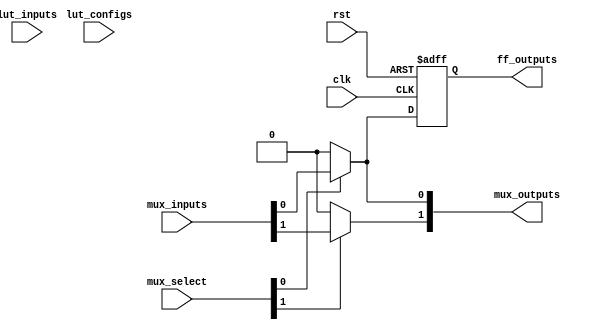
module CLB #(
    parameter NUM_LUTS = 2,         // Number of LUTs
    parameter LUT_SIZE = 4,         // Size of each LUT (2^N inputs)
    parameter NUM_FF = 1,           // Number of Flip-Flops
    parameter NUM_MUX = 2           // Number of MUXes
)(
    input wire [NUM_LUTS*LUT_SIZE-1:0] lut_inputs, // Inputs to the LUTs
    input wire [NUM_LUTS-1:0] lut_configs,         // LUT configurations (truth table)
    input wire [NUM_MUX-1:0] mux_select,            // MUX select signals
    input wire [NUM_LUTS-1:0] mux_inputs,           // MUX inputs from LUTs
    input wire clk,                                 // Clock for Flip-Flops
    input wire rst,                                 // Reset
    output wire [NUM_MUX-1:0] mux_outputs,         // MUX outputs
    output reg [NUM_FF-1:0] ff_outputs              // FF outputs
);

// Look-Up Tables (LUTs)
genvar i;
generate
    for (i = 0; i < NUM_LUTS; i = i + 1) begin : lut_block
        wire [LUT_SIZE-1:0] lut_input = lut_inputs[i*LUT_SIZE +: LUT_SIZE];
        wire lut_output = lut_configs[i] ? 1'b1 : 1'b0; // Simple pass for demonstration

        // Example of LUT based on the configuration input
        assign lut_output = lut_input[LUT_SIZE-1] ? lut_configs[i] : 1'b0;
    end
endgenerate

// Multiplexers (MUXes)
generate
    for (i = 0; i < NUM_MUX; i = i + 1) begin : mux_block
        assign mux_outputs[i] = mux_select[i] ? mux_inputs[i] : 1'b0;
    end
endgenerate

// Flip-Flops (FFs)
generate
    for (i = 0; i < NUM_FF; i = i + 1) begin : ff_block
        always @(posedge clk or posedge rst) begin
            if (rst)
                ff_outputs[i] <= 0;
            else
                ff_outputs[i] <= mux_outputs[0]; // Example feedback connection
        end
    end
endgenerate

endmodule